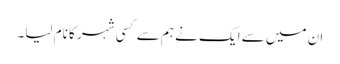
ان میں سے ایک نے ہم سے کسی شہر کا نام لیا۔